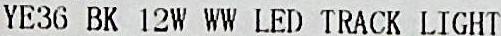
YE36 BK 12W WW LED TRACK LIGHT